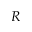
R